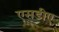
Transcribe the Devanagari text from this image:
एसडीए